Vaccination in Bombay 1863-1868 - 1863-1868
Year: 1863
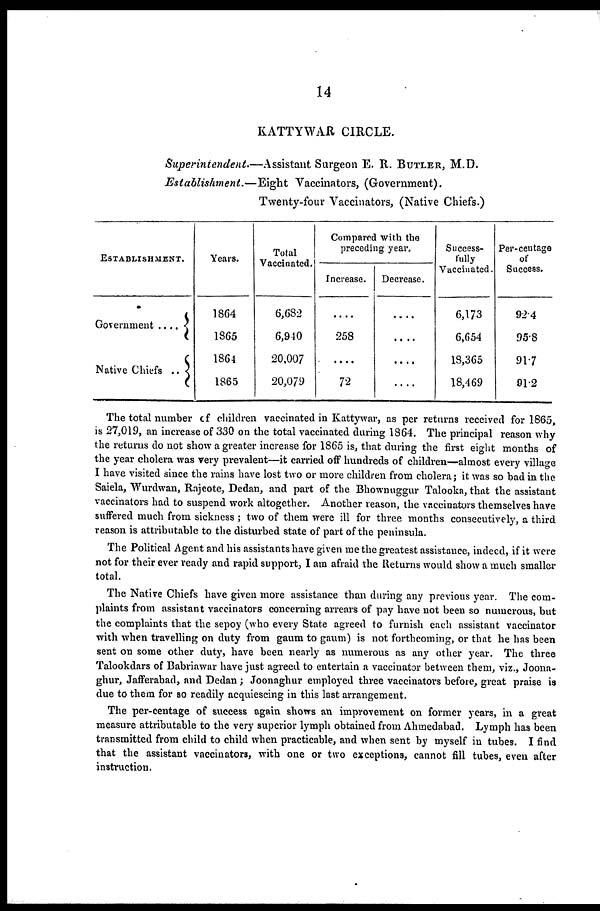
14
KATTYWAR CIRCLE.
Superintendent.—Assistant
Surgeon E. R. BUTLER, M.D.
Establishment.—Eight
Vaccinators, (Government).
Twenty-four Vaccinators, (Native Chiefs.)
ESTABLISHMENT.
Government ....
Native Chiefs ..
Years.
1864
1865
1864
1865
Total
Vaccinated.
6,682
6,940
20,007
20,079
Compared with the
preceding year.
Increase.
....
258
....
72
Decrease.
....
....
....
....
Success-
fully
Vaccinated.
6,173
6,654
18,365
18,469
Per-centage
of
Success.
92.4
95.8
91.7
91.2
The total number of children vaccinated in Kattywar, as per returns received for 1865,
is 27,019, an increase of 330 on the total vaccinated during 1864. The principal reason why
the returns do not show a greater increase for 1865 is, that during the first eight months of
the year cholera was very prevalent—it carried off hundreds of children—almost every village
I have visited since the rains have lost two or more children from cholera; it was so bad in the
Saiela, Wurdwan, Rajcote, Dedan, and part of the Bhownuggur Talooka, that the assistant
vaccinators had to suspend work altogether. Another reason, the vaccinators themselves have
suffered much from sickness ; two of them were ill for three months consecutively, a third
reason is attributable to the disturbed state of part of the peninsula.
The Political Agent and his assistants have given me the greatest assistance, indeed, if it were
not for their ever ready and rapid support, I am afraid the Returns would show a much smaller
total.
The Native Chiefs have given more assistance than during any previous year. The com-
plaints from assistant vaccinators concerning arrears of pay have not been so numerous, but
the complaints that the sepoy (who every State agreed to furnish each assistant vaccinator
with when travelling on duty from gaum to gaum) is not forthcoming, or that he has been
sent on some other duty, have been nearly as numerous as any other year. The three
Talookdars of Babriawar have just agreed to entertain a vaccinator between them, viz., Joona¬
ghur, Jafferabad, and Dedan ; Joonaghur employed three vaccinators before, great praise is
due to them for so readily acquiescing in this last arrangement.
The per-centage of success again shows an improvement on former years, in a great
measure attributable to the very superior lymph obtained from Ahmedabad. Lymph has been
transmitted from child to child when practicable, and when sent by myself in tubes. I find
that the assistant vaccinators, with one or two exceptions, cannot fill tubes, even after
instruction.